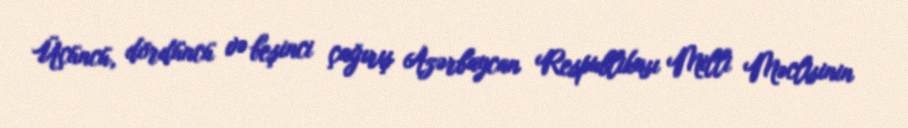
Üçüncü, dördüncü və beşinci çağırış Azərbaycan Respublikası Milli Məclisinin